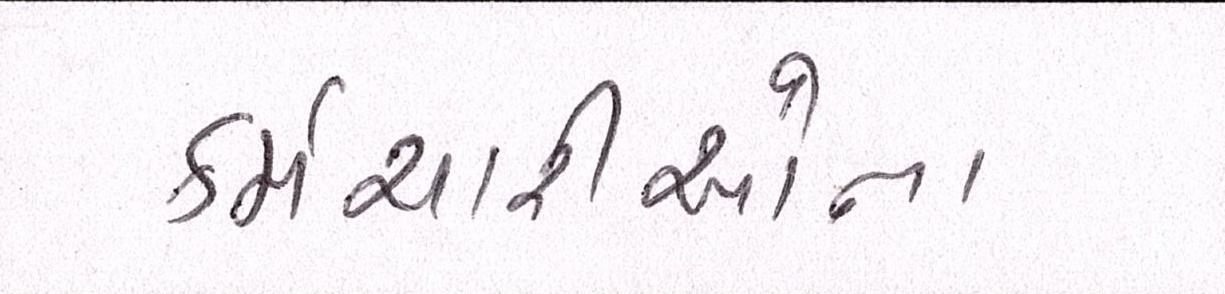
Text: કર્મચારીઓના